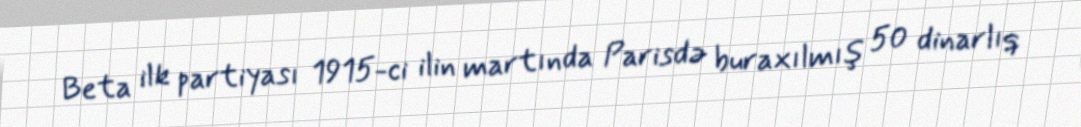
Beta ilk partiyası 1915-ci ilin martında Parisdə buraxılmış 50 dinarlıq